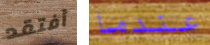
أفتقد عندما